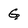
Character: G